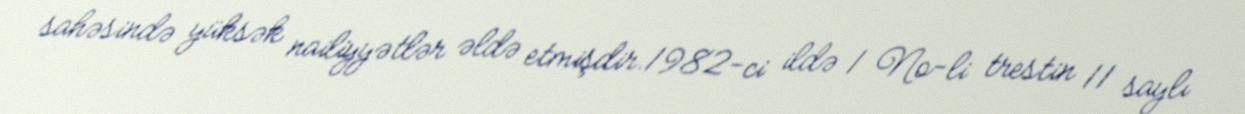
sahəsində yüksək nailiyyətlər əldə etmişdir.1982-ci ildə 1 №-li trestin 11 saylı